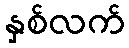
နှစ်လက်